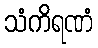
သံကိရဏံ